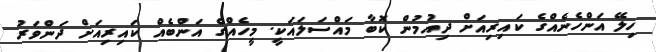
ހިލޭ އަންހެނެއްގެ ކައިރިއަށް ދިއުމުން ކޮބާ މައްސަލައަކީ. މީހެއްގެ އަންބެއް ކައިރިއަށް ދަންވަރު